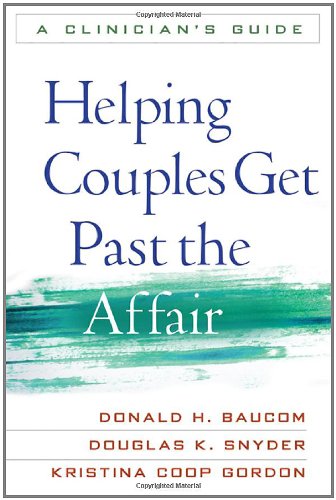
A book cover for Helping Couples Get Past the Affair: A Clinician's Guide; Donald H. Baucom PhD; Christian Books & Bibles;